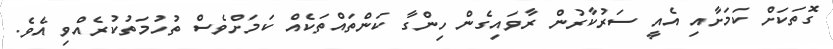
ގޮތަކަށް ކަމަށާއި އެއީ ސަރުކާރުން ރާވައިގެން ހިންގާ ކަންތައްތަކެއް ކަމަށްވެސް ތުހުމަތުކުރެއްވި އެވެ.